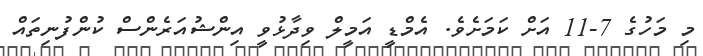
މި މަހުގެ 7-11 އަށް ކަމަށެވެ. އެމްޑީ އަމީލް ވިދާޅުވީ އިންޝުއަރެންސް ކުންފުނިތައް